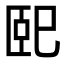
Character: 巸